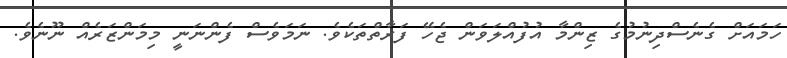
ހަމައަށް ގެނެސްދިނުމުގެ ޒިންމާ އުފުއްލަވަން ޖެހޭ ފަރާތްތަކެވެ. ނަމަވެސް ފެންނަނީ މިމަންޒަރެއް ނޫނެވެ.